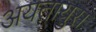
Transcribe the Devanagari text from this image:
अयतायुस